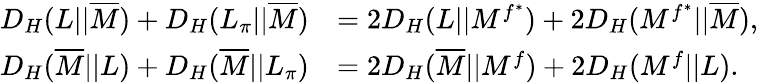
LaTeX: \begin{array}{rl}{D_{H}(L||\overline{{M}})+D_{H}(L_{\pi}||\overline{{M}})}&{=2D_{H}(L||M^{f^{*}})+2D_{H}(M^{f^{*}}||\overline{{M}}),}\\ {D_{H}(\overline{{M}}||L)+D_{H}(\overline{{M}}||L_{\pi})}&{=2D_{H}(\overline{{M}}||M^{f})+2D_{H}(M^{f}||L).}\end{array}